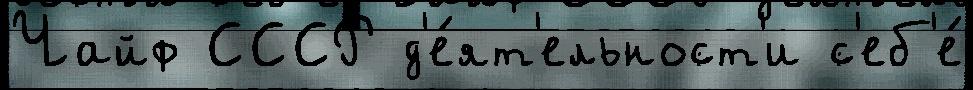
Чайф СССР д'е́ят'ельност'и с'еб'е́